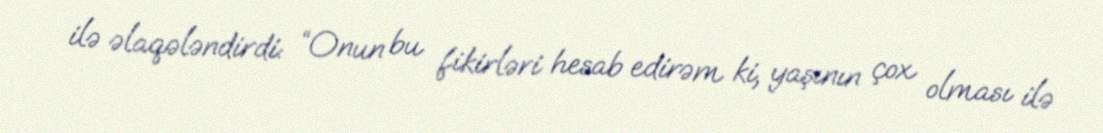
ilə əlaqələndirdi: “Onun bu fikirləri hesab edirəm ki, yaşının çox olması ilə